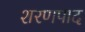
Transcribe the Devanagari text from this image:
शरणपाद